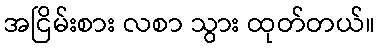
အငြိမ်းစား လစာ သွား ထုတ်တယ်။